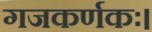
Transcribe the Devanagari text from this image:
गजकर्णकः।